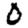
Digit: 0